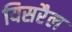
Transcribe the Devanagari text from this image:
यिसरैल